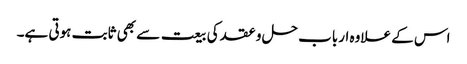
اس کے علاوہ ارباب حل و عقد کی بیعت سے بھی ثابت ہوتی ہے۔